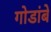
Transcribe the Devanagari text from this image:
गोडांबे